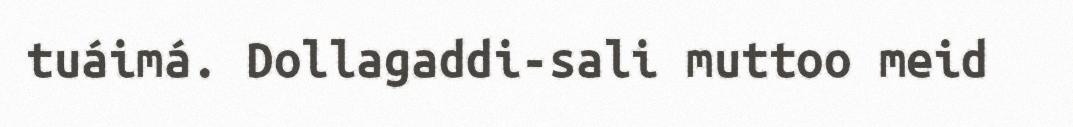
tuáimá. Dollagaddi-sali muttoo meid